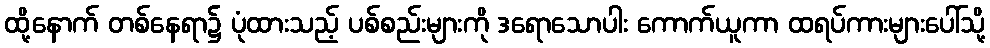
ထို့နောက် တစ်နေရာ၌ ပုံထားသည့် ပစ်စည်းများကို ဒရောသောပါး ကောက်ယူကာ ထရပ်ကားများပေါ်သို့